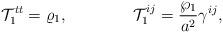
LaTeX: \begin{align*}{\cal T}^{tt}_1=\varrho_1,\ \ \ \ \ \ \ \ \ \ \ \ {\cal T}^{ij}_1={\wp_1\over{a^2}}\gamma^{ij},\end{align*}